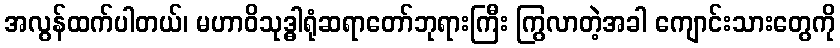
အလွန်ထက်ပါတယ်၊ မဟာဝိသုဒ္ဓါရုံဆရာတော်ဘုရားကြီး ကြွလာတဲ့အခါ ကျောင်းသားတွေကို